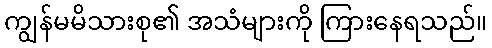
ကျွန်မမိသားစု၏ အသံများကို ကြားနေရသည်။